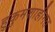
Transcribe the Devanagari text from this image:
हुकुमशाहीगत